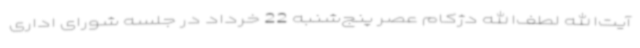
آیت‌الله لطف‌الله دژکام عصر پنج‌شنبه 22 خرداد در جلسه شورای اداری